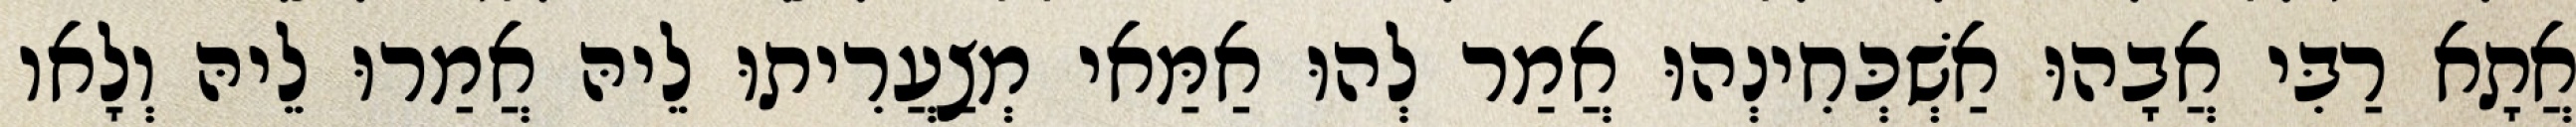
אֲתָא רַבִּי אֲבָהוּ אַשְׁכְּחִינְהוּ אֲמַר לְהוּ אַמַּאי מְצַעֲרִיתוּ לֵיהּ אֲמַרוּ לֵיהּ וְלָאו